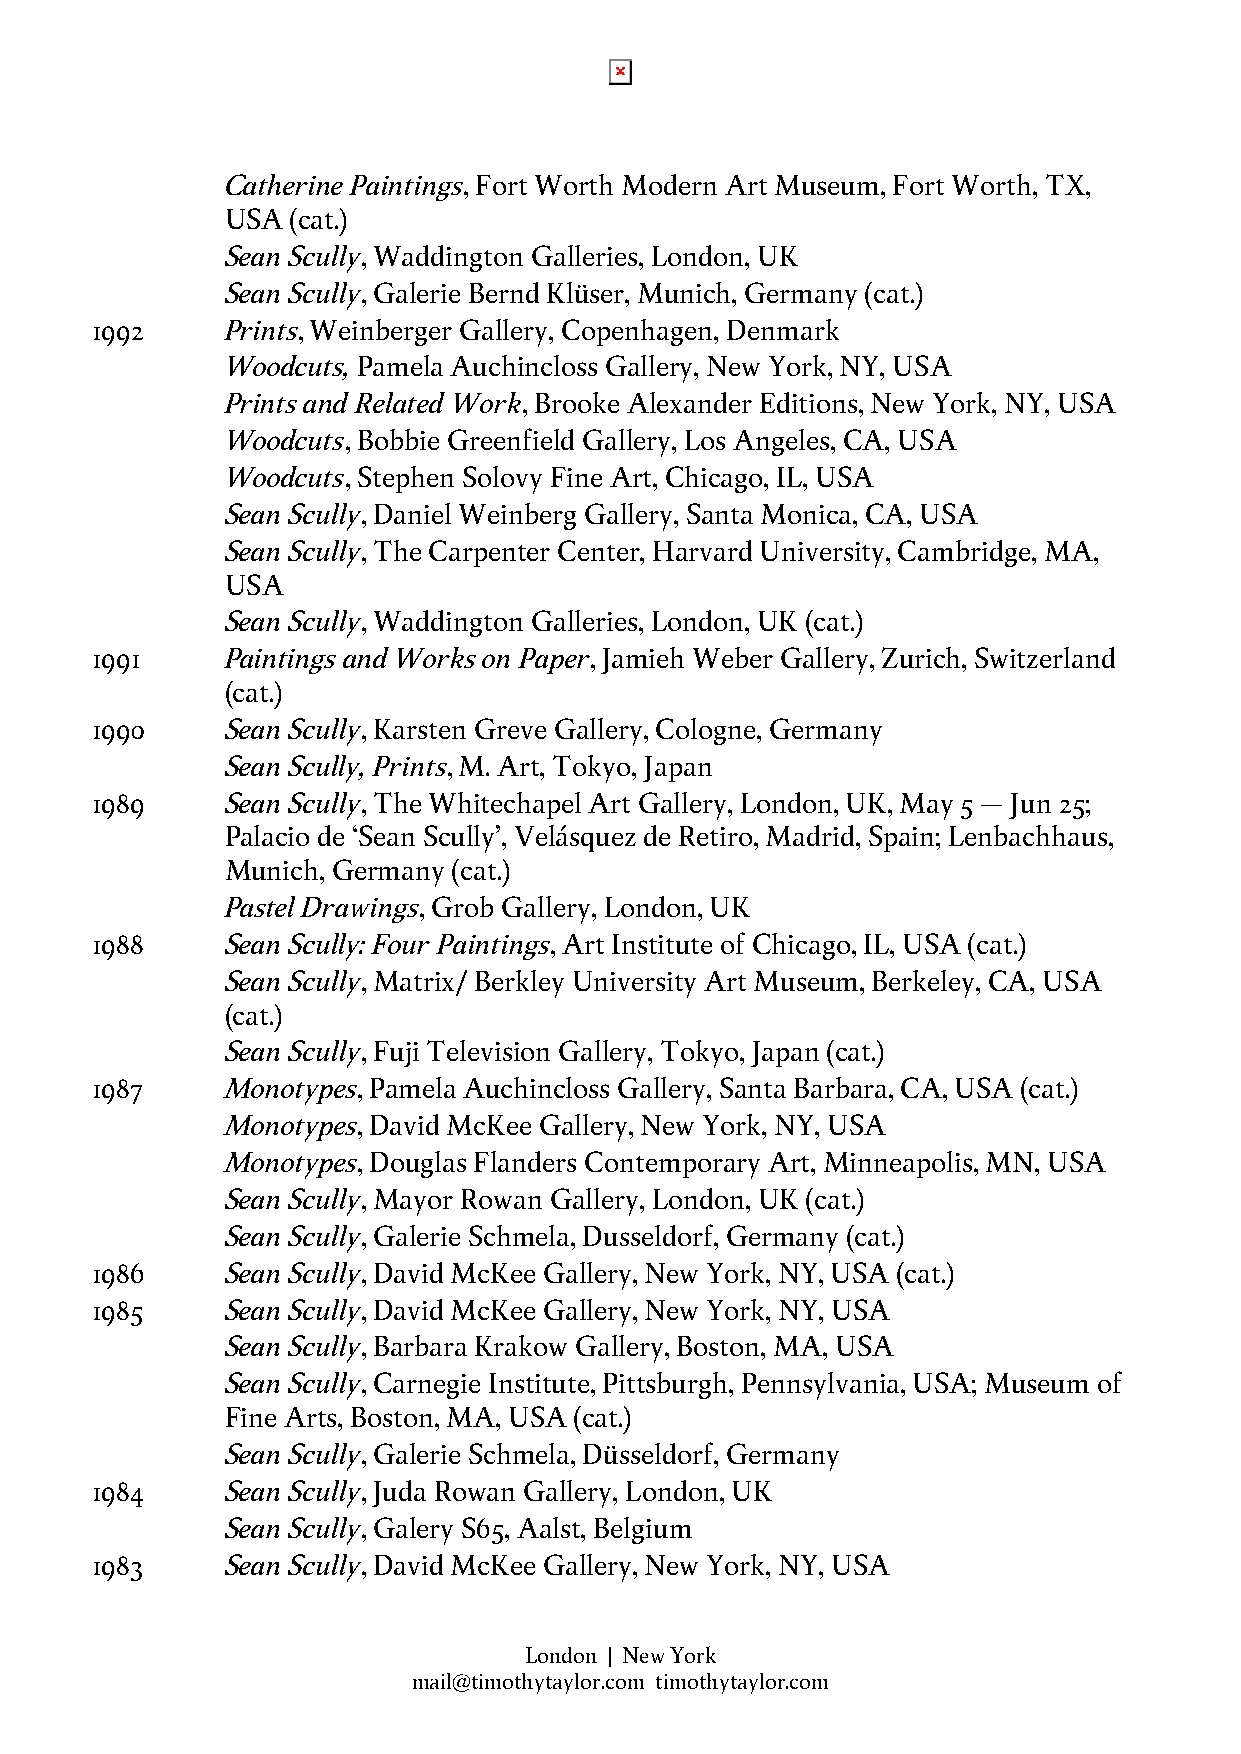
Catherine Paintings, Fort Worth Modern Art Museum, Fort Worth, TX,
 USA (cat.)
 Sean Scully, Waddington Galleries, London, UK
 Sean Scully, Galerie Bernd Klüser, Munich, Germany (cat.)
 1992     Prints, Weinberger Gallery, Copenhagen, Denmark
 Woodcuts, Pamela Auchincloss Gallery, New York, NY, USA
 Prints and Related Work, Brooke Alexander Editions, New York, NY, USA
 Woodcuts, Bobbie Greenfield Gallery, Los Angeles, CA, USA
 Woodcuts, Stephen Solovy Fine Art, Chicago, IL, USA
 Sean Scully, Daniel Weinberg Gallery, Santa Monica, CA, USA
 Sean Scully, The Carpenter Center, Harvard University, Cambridge, MA,
 USA
 Sean Scully, Waddington Galleries, London, UK (cat.)
 1991     Paintings and Works on Paper, Jamieh Weber Gallery, Zurich, Switzerland
 (cat.)
 1990     Sean Scully, Karsten Greve Gallery, Cologne, Germany
 Sean Scully, Prints, M. Art, Tokyo, Japan
 1989     Sean Scully, The Whitechapel Art Gallery, London, UK, May 5 – Jun 25;
 Palacio de ‘Sean Scully’, Velásquez de Retiro, Madrid, Spain; Lenbachhaus,
 Munich, Germany (cat.)
 Pastel Drawings, Grob Gallery, London, UK
 1988     Sean Scully: Four Paintings, Art Institute of Chicago, IL, USA (cat.)
 Sean Scully, Matrix/ Berkley University Art Museum, Berkeley, CA, USA
 (cat.)
 Sean Scully, Fuji Television Gallery, Tokyo, Japan (cat.)
 1987     Monotypes, Pamela Auchincloss Gallery, Santa Barbara, CA, USA (cat.)
 Monotypes, David McKee Gallery, New York, NY, USA
 Monotypes, Douglas Flanders Contemporary Art, Minneapolis, MN, USA
 Sean Scully, Mayor Rowan Gallery, London, UK (cat.)
 Sean Scully, Galerie Schmela, Dusseldorf, Germany (cat.)
 1986     Sean Scully, David McKee Gallery, New York, NY, USA (cat.)
 1985     Sean Scully, David McKee Gallery, New York, NY, USA
 Sean Scully, Barbara Krakow Gallery, Boston, MA, USA
 Sean Scully, Carnegie Institute, Pittsburgh, Pennsylvania, USA; Museum of
 Fine Arts, Boston, MA, USA (cat.)
 Sean Scully, Galerie Schmela, Düsseldorf, Germany
 1984     Sean Scully, Juda Rowan Gallery, London, UK
 Sean Scully, Galery S65, Aalst, Belgium
 1983     Sean Scully, David McKee Gallery, New York, NY, USA
 London | New York
 mail@timothytaylor.com timothytaylor.com